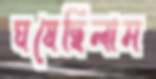
ঘষেছিলাম